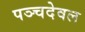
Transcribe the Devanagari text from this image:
पञ्चदेवल